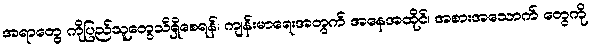
အရာတွေ ကိုပြည်သူတွေသိရှိစေရန်၊ ကျန်းမာရေးအတွက် အနေအထိုင်၊ အစားအသောက် တွေကို